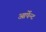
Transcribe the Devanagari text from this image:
आर्पेन्ट